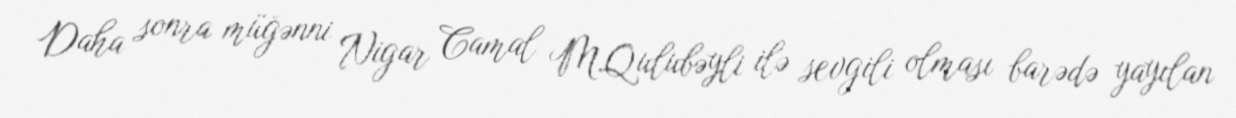
Daha sonra müğənni Nigar Camal M.Qulubəyli ilə sevgili olması barədə yayılan